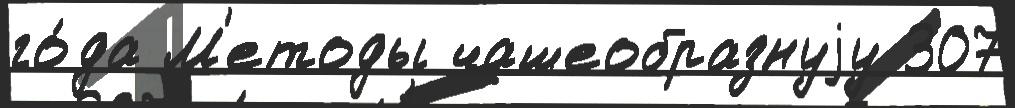
го́да М'етоды чашеобразнуjу 307